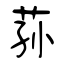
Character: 荪